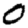
Digit: 0